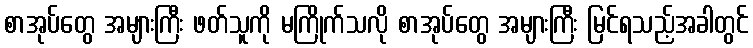
စာအုပ်တွေ အများကြီး ဖတ်သူကို မကြိုက်သလို စာအုပ်တွေ အများကြီး မြင်ရသည့်အခါတွင်